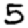
Digit: 5